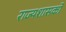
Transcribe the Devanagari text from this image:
राज्यशासकों